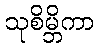
သုစိမ္ဘိကာ